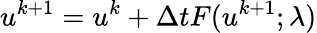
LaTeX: u^{k+1}=u^{k}+\Delta tF(u^{k+1};\lambda)